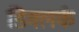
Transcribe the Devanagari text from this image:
डिक्लर्क